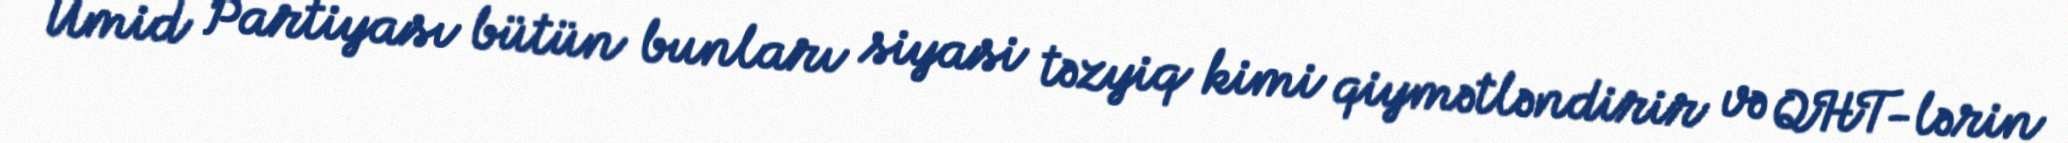
Ümid Partiyası bütün bunları siyasi təzyiq kimi qiymətləndirir və QHT-lərin